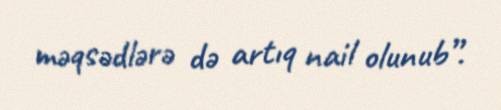
məqsədlərə də artıq nail olunub”.